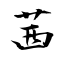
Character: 茜